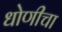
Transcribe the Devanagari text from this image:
धोणीचा